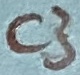
Text: C3